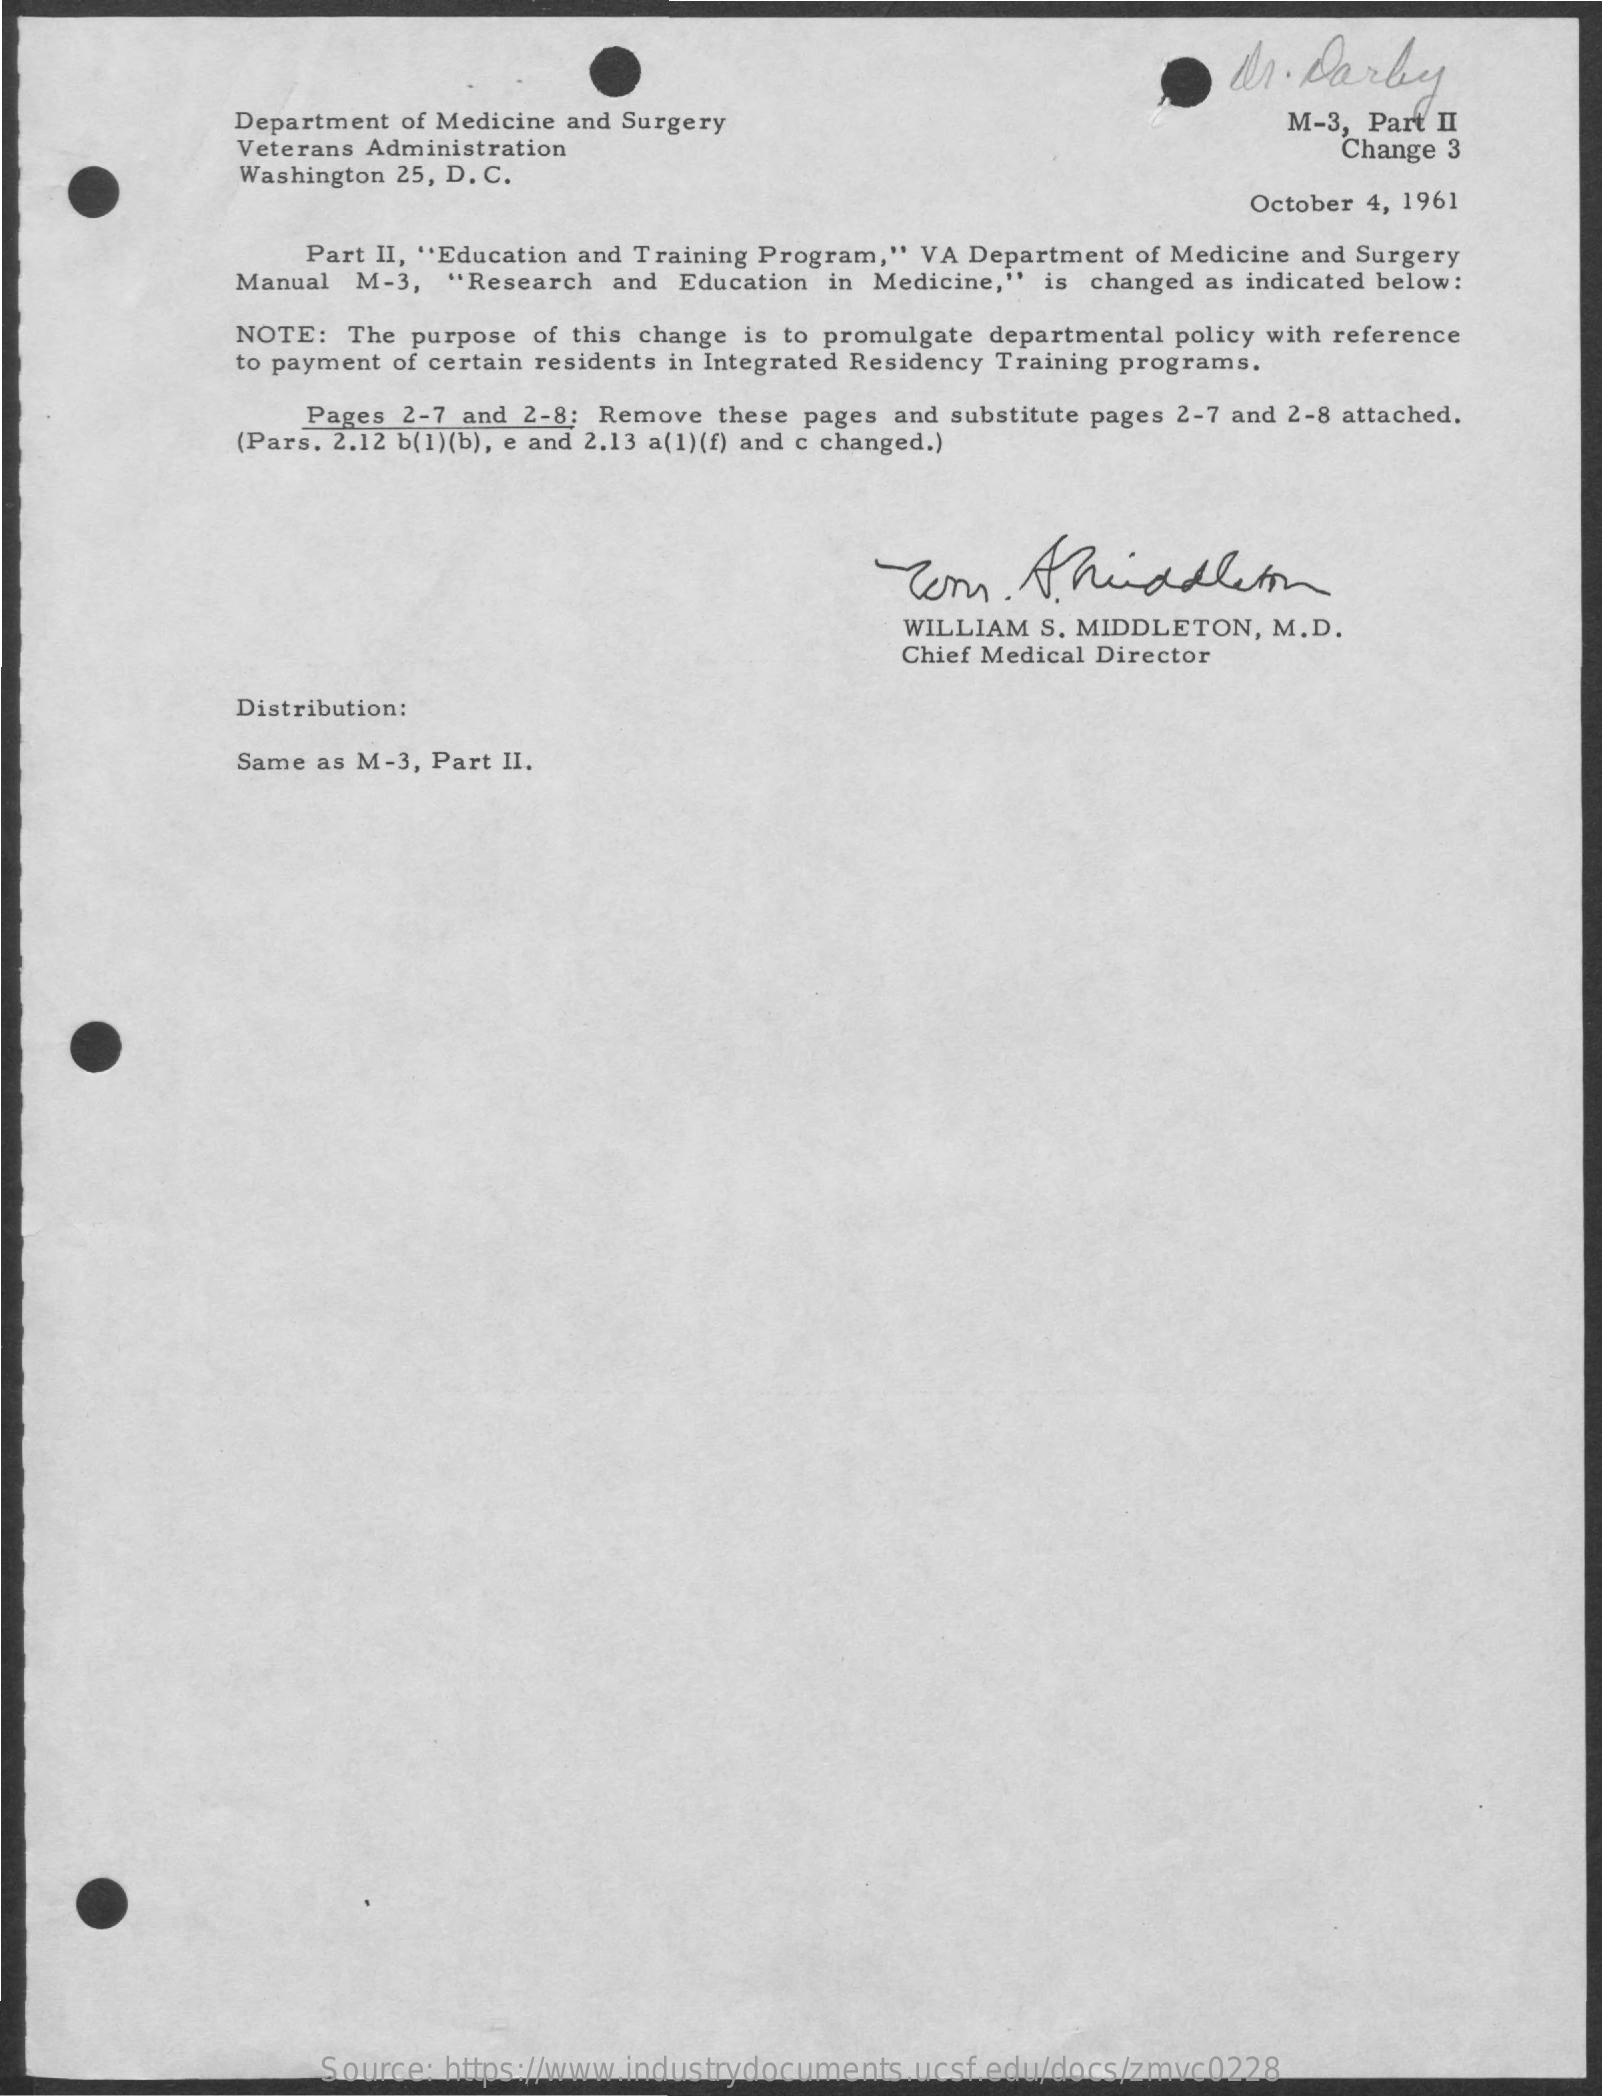
dr. Darby
     Department of Medicine and Surgery    M-3, Part II
     Veterans Administration    Change 3
     Washington 25, D. C.
     October 4, 1961
     Part II, "Education and Training Program," VA Department of Medicine and Surgery
     Manual M-3, "Research and Education in Medicine," is changed as indicated below:
     NOTE:  The purpose of this change is to promulgate departmental policy with reference
     to payment of certain residents in Integrated Residency Training programs.
     Pages 2-7 and 2-8; Remove these pages and substitute pages 2-7 and 2-8 attached.
     (Pars. 2.12 b(1)(b), e and 2.13 a(1)(f) and c changed.)
     Tom.    Ahunddleton
     WILLIAM S. MIDDLETON, M.D.
     Chief Medical Director
     Distribution:
     Same as M-3, Part II.
     Source: https://www.industrydocuments.ucsf.edu/docs/zmvc0228